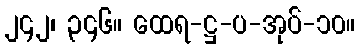
၂၄၂၊ ၃၄၆။ ထေရ-ဋ္ဌ-ပ-အုပ်-၁၀။